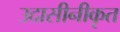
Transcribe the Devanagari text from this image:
उदासीनीकृत